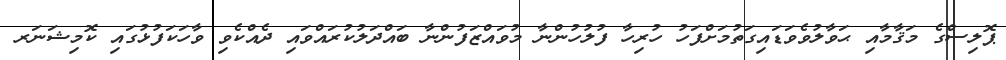
ޕޮލިސްގެ މަޤާމާއި ޙަވާލުވެވަޑައިގަތުމަށްފަހު ހުރިހާ ފުލުހުންނާ މުވައްޒަފުންނާ ބައްދަލުކުރައްވައި ދެއްކެވި ވާހަކަފުޅުގައި ކޮމިޝަނަރ